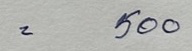
= 500